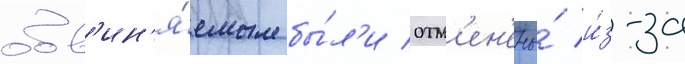
обв'ин'я́емым бы́л'и отм'ен'ены́ и́з-за